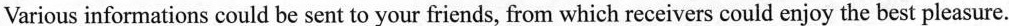
Various informations could be sent to your friends, from which receivers could enjoy the best pleasure.